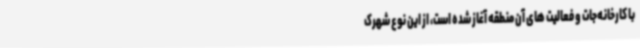
با کارخانه‌جات و فعالیت های آن منطقه آغاز شده است، از این نوع شهرک